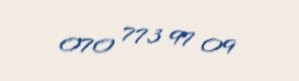
070 773 97 09